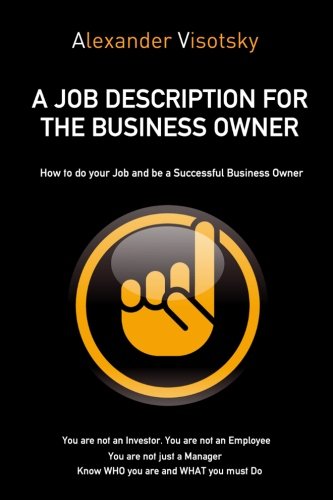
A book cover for A Job Description for the Business Owner: How to Do Your Job and Have an Expanding Company; Alexander Visotsky; Business & Money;